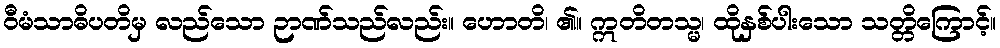
ဝီမံသာဓိပတိမှ လည်သော ဉာဏ်သည်လည်း။ ဟောတိ၊ ၏။ ဣတိတသ္မ၊ ထိုနှစ်ပါးသော သတ္တိကြောင့်။